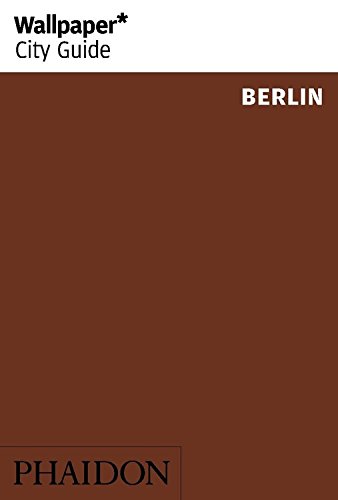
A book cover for Wallpaper* City Guide Berlin 2014; Travel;